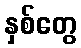
နှစ်တွေ